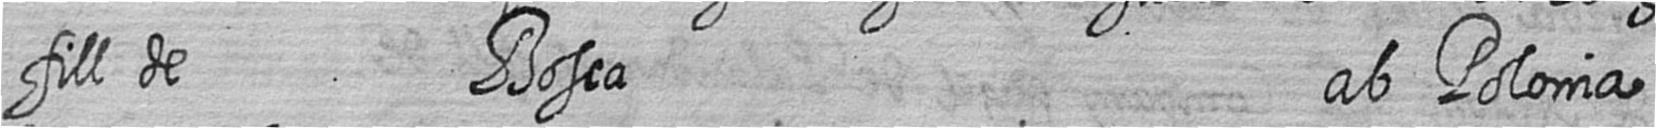
fill de Bosca ab Polonia